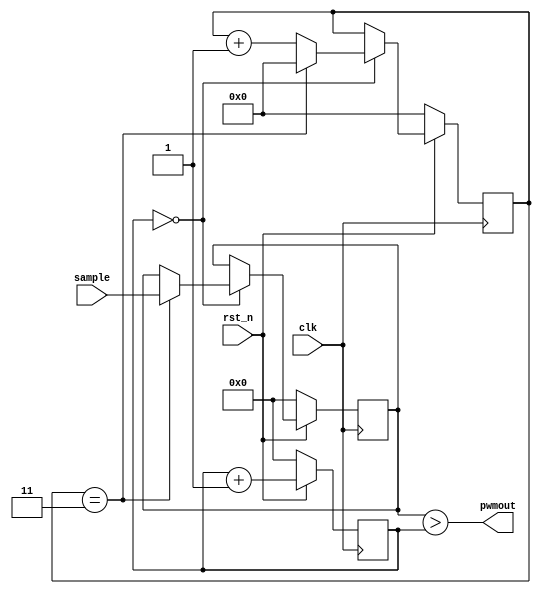
module pwmdac(
  input  [7:0] sample,
  output       pwmout,
  
  input        clk,  /* 110Mhz 44000 x 250 x 10*/
  input        rst_n
);

parameter CLK_FREQ       = 32;
parameter PWM_PER_CYLCLE = 4;  /*(3=41K, 4=31K, 8=15K, 16=7800)*/

reg  [7:0] sample_ff;
reg  [7:0] pwm_dutycyc_ff; /* keeps count of duty cycle (250hz) */
reg  [3:0] pwm_outcnt_ff; /* keeps count of ouputs per sample (10) */

assign pwmout = (sample_ff > pwm_dutycyc_ff);

always @ (posedge clk)
  if (~rst_n) 
    begin
    sample_ff <= 8'd0;
    pwm_dutycyc_ff = 8'd0;
    pwm_outcnt_ff = 4'd0;
    end
  else
    begin
    pwm_dutycyc_ff <= pwm_dutycyc_ff + 1'b1;  
  
    if (!pwm_dutycyc_ff) 
      if (pwm_outcnt_ff == 4'd3) 
        begin
        sample_ff <= sample;
        pwm_outcnt_ff <= 4'd0;
        end 
      else
        pwm_outcnt_ff <= pwm_outcnt_ff + 1'b1;

    end
    
endmodule